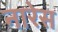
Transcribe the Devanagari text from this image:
नारेस